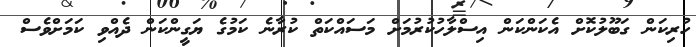
ހުރިކަން ގަބޫލުކޮށް އެކަންކަން އިސްލާހުކުރުމަށް މަސައްކަތް ކުރާނެ ކަމުގެ ޔަގީންކަން ދެއްވި ކަމަށްވެސް